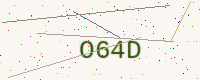
Text: O64D